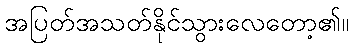
အပြတ်အသတ်နိုင်သွားလေတော့၏။